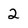
Character: 2